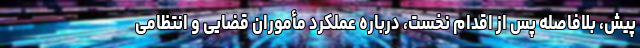
پیش، بلافاصله پس از اقدام نخست، درباره عملکرد مأموران قضایی و انتظامی